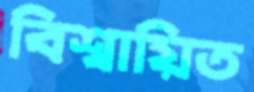
বিশ্বায়িত